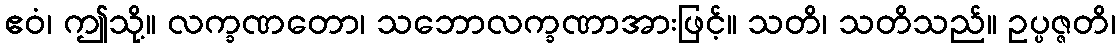
ဧဝံ၊ ဤသို့။ လက္ခဏတော၊ သဘောလက္ခဏာအားဖြင့်။ သတိ၊ သတိသည်။ ဥပ္ပဇ္ဇတိ၊